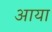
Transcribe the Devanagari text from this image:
अाया